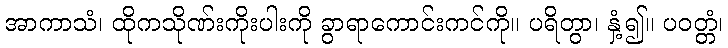
အာကာသံ၊ ထိုကသိုဏ်းကိုးပါးကို ခွာရာကောင်းကင်ကို။ ပရိတွာ၊ နှံ့၍။ ပဝတ္တံ၊